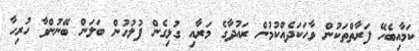
ކަމާއިބެހޭ ފަރާތްތަކުން ވާހަކަދެއްކުމުން ރައުދާގެ މަރާއި ގުޅިގެން ފުލުހުން ބަލަން ބޭނުންވާ ހުރިހާ